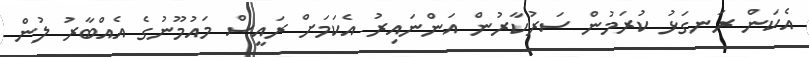
އެކަން ރަނގަޅު ކުރަމުން ސަރުކާރުން އަންނައިރު އެކަމަށް ރައީސް މައުމޫނުގެ އެއްބާރު ލުން